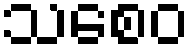
သစေဝ